Rangoon Lunatic Asylum 1878-1892 - 1878-1892
Year: 1878
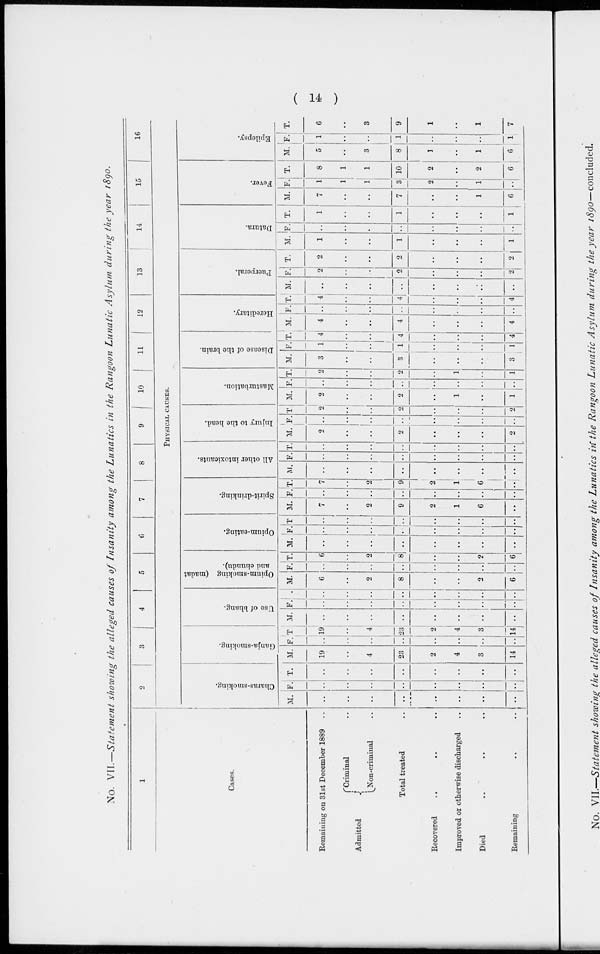
( 14 )
No. VII.—Statement showing the alleged causes of Insanity among the Lunatics in the Rangoon Lunatic Asylum during the year 1890.
1
Cases.
Remaining on 31st December 1889 ..
Admitted
Criminal ..
Non-Criminal ..
Total treated ..
Recovered .. .. ..
Improved or otherwise discharged ..
Died
.. .. ..
Remaining .. ..
2
3
4
5
6
7
8
9
10
11
12
13
14
15
16
PHYSICAL CAUSES.
Charas-smoking.
M.
..
..
..
..
..
..
..
..
F.
..
..
..
..
..
..
..
..
T.
..
..
..
..
..
..
..
..
Ganja-smoking.
M.
19
..
4
23
2
4
3
14
F.
..
..
..
..
..
..
..
..
T
19
..
4
23
2
4
3
14
Use of bhang.
M.
..
..
..
..
..
..
..
..
F.
..
..
..
..
..
..
..
..
T.
..
..
..
..
..
..
..
..
Opium-smoking (madat
and chundu).
M.
6
..
2
8
..
..
2
6
F.
..
..
..
..
..
..
..
..
T.
6
2
8
..
..
2
6
Opium-eating.
M.
..
..
..
..
..
..
..
..
F.
..
..
..
..
..
..
..
..
T
..
..
..
..
..
..
..
..
Spirit-drinking.
M.
7
..
2
9
2
1
6
..
F.
..
..
..
..
..
..
..
..
T.
7
..
2
9
2
1
6
..
All other intoxicants.
M.
..
..
..
..
..
..
..
..
F.
..
..
..
..
..
..
..
..
T.
..
..
..
..
..
..
..
..
Injury to the head.
M.
2
..
..
2
..
..
..
2
F.
..
..
..
..
..
..
..
..
T.
2
..
..
2
..
..
..
2
Masturbation.
M.
2
..
..
2
..
1
..
1
F
..
..
..
..
..
..
..
..
T.
2
..
..
2
..
1
..
1
Disease of the brain.
M.
3
..
..
3
..
..
..
3
F
1
..
..
1
..
..
..
1
T.
4
..
..
4
..
..
..
4
Hereditary.
M.
4
..
..
4
..
..
..
4
F.
..
..
..
..
..
..
..
..
T.
4
..
..
4
..
..
..
4
Puerperal.
M.
..
..
..
..
..
..
..
..
F.
2
..
..
2
..
..
..
2
T.
2
..
..
2
..
..
..
2
Datura.
M.
1
..
..
1
..
..
..
1
F
..
..
..
..
..
..
..
..
T.
1
..
..
1
..
..
..
1
Fever.
M.
7
..
..
7
..
..
1
6
F.
1
1
1
3
2
..
1
..
T.
8
1
1
10
2
..
2
6
Epilepsy.
M.
5
..
3
8
1
..
1
6
F.
1
..
..
1
..
..
..
1
T.
6
..
3
9
1
..
1
7